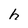
Character: h